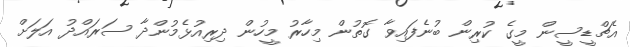
އެޗްޑީސީން މީގެ ކުރިން ބުނެފައިވާ ގޮތުން މިހާރު މީހުން ދިރިއުޅެމުންދާ ސަރައްދު އަލަށް